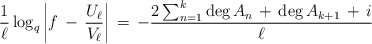
\begin{align*}\frac{1}{\ell} \log_{q} \left| f \, - \, \frac{U_{\ell}}{V_{\ell}} \right| \, = \, - \frac{2 \sum_{n=1}^{k} \deg A_{n} \, + \, \deg A_{k+1} \, + \, i} {\ell}\end{align*}